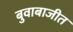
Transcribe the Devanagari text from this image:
बुवाबाजीत